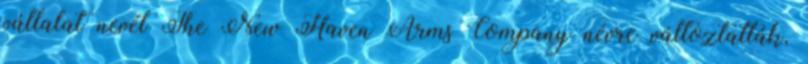
vállalat nevét The New Haven Arms Company névre változtatták,